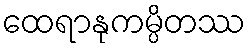
ထေရာနုကမ္ပိတဿ